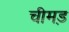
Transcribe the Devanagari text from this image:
चीमड़